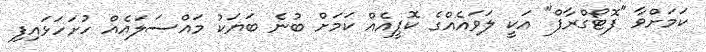
ކަމަށްވާ "ފޮޓޯގްރާފް" އަކީ ލަވައެއްގެ ކޮޕީއެއް ކަމަށް ބުނެ ބަޔަކު މައްސަލައެއް ހުށަހަޅައިފި